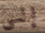
إلى